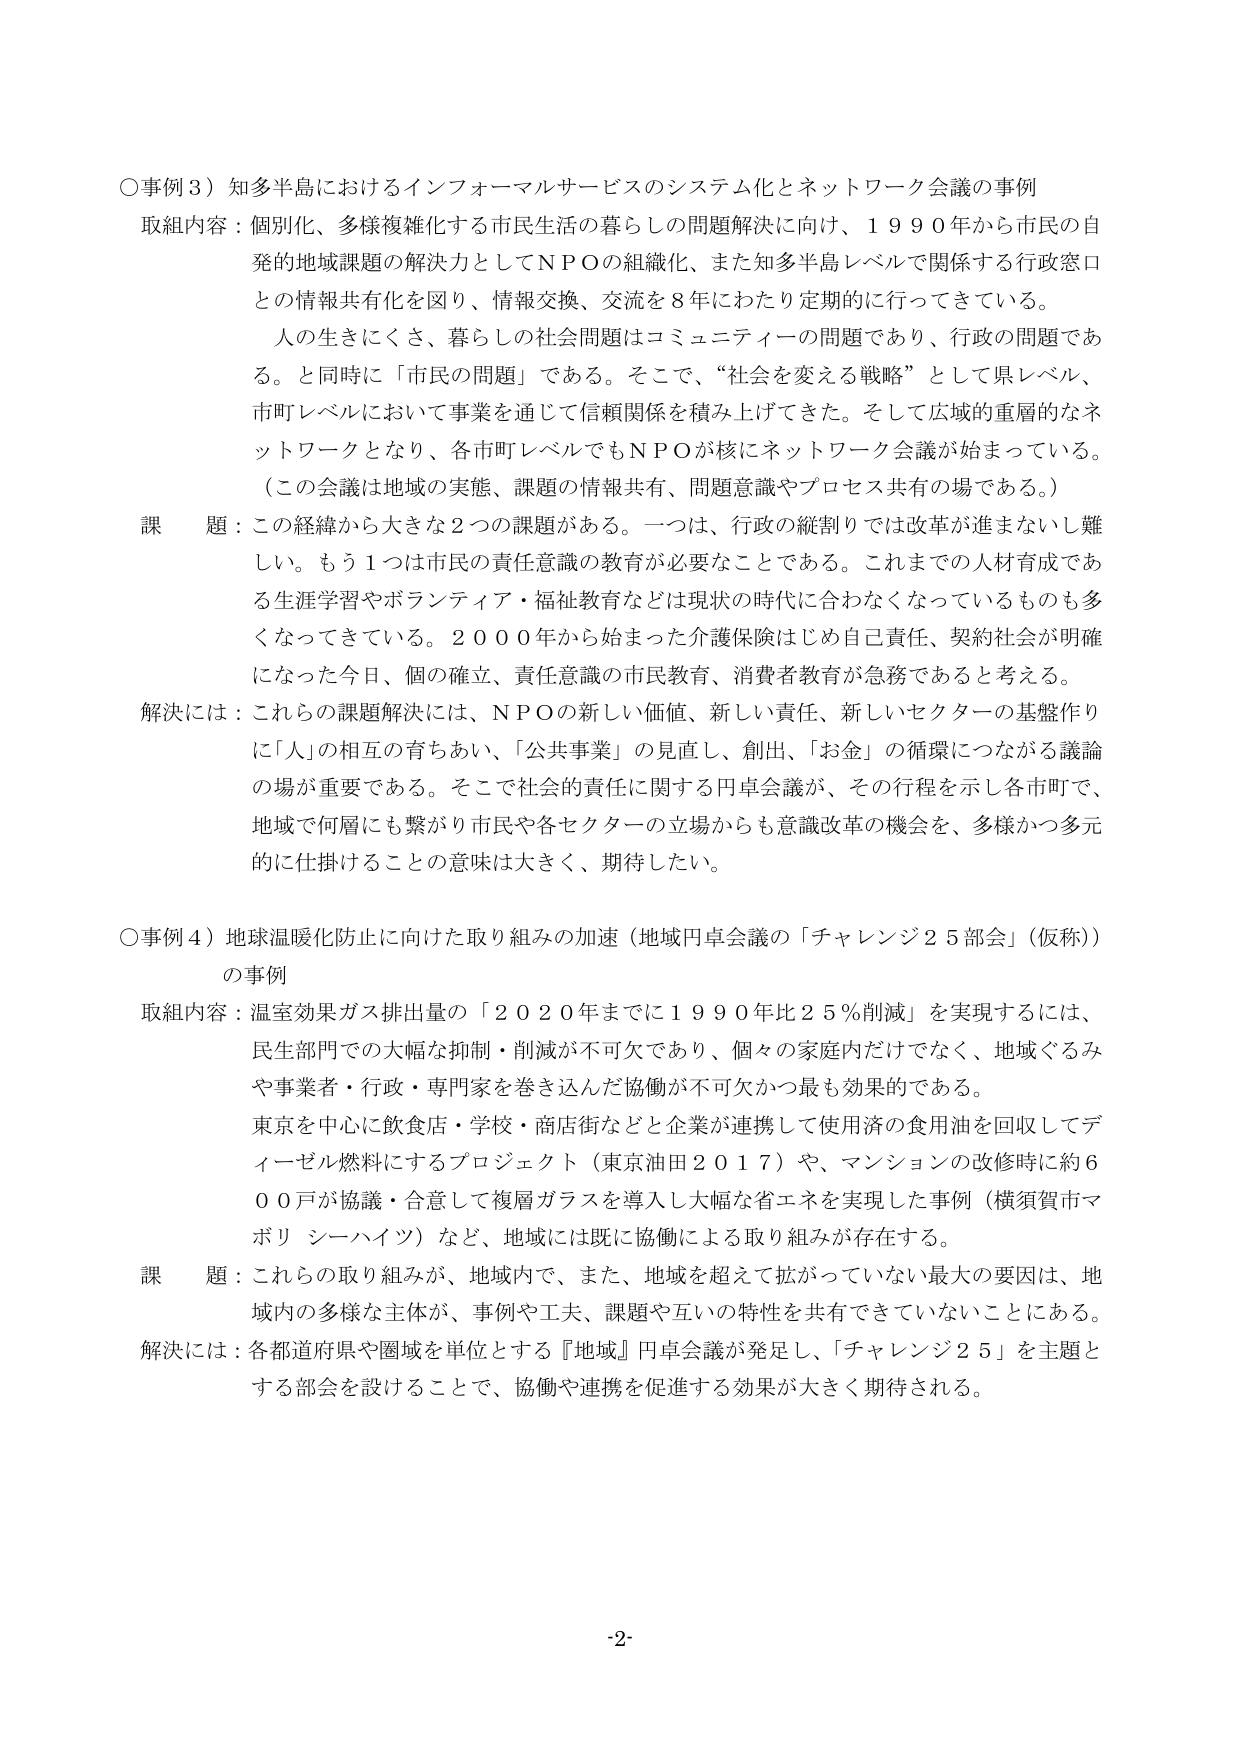
○事例３）知多半島におけるインフォーマルサービスのシステム化とネットワーク会議の事例
取組内容：個別化、多様複雑化する市民生活の暮らしの問題解決に向け、１９９０年から市民の自発的地域課題の解決力としてＮＰＯの組織化、また知多半島レベルで関係する行政窓口との情報共有化を図り、情報交換、交流を８年にわたり定期的に行ってきている。
人の生きにくさ、暮らしの社会問題はコミュニティーの問題であり、行政の問題である。と同時に「市民の問題」である。そこで、“社会を変える戦略”として県レベル、市町レベルにおいて事業を通じて信頼関係を積み上げてきた。そして広域の重層的なネットワークとなり、各市町レベルでもＮＰＯが核にネットワーク会議が始まっている。
（この会議は地域の実態、課題の情報共有、問題意識やプロセス共有の場である。）
課題：この経緯から大きな２つの課題がある。一つは、行政の縦割りでは改革が進まないし難しい。もう１つは市民の責任意識の教育が必要なことである。これまでの人材育成である生涯学習やボランティア・福祉教育などは現状の時代に合わなくなっているものも多くなってきてている。２０００年から始まった介護保険はじめ自己責任、契約社会が明確になった今日、個の確立、責任意識の市民教育、消費者教育が急務であると考える。
解決には：これらの課題解決には、ＮＰＯの新しい価値、新しい責任、新しいセクターの基盤作りに「人」の相互の育ちあい、「公共事業」の見直し、創出、「お金」の循環につながる議論の場が重要である。そこで社会的責任に関する円卓会議が、その行程を示し各市町で、地域で何層にも繋がり市民や各セクターの立場からも意識改革の機会を、多様かつ多元的に仕掛けることの意味は大きく、期待したい。

○事例４）地球温暖化防止に向けた取り組みの加速（地域円卓会議の「チャレンジ２５部会」（仮称））の事例
取組内容：温室効果ガス排出量の「２０２０年までに１９９０年比２５％削減」を実現するには、民生部門での大幅な抑制・削減が不可欠であり、個々の家庭内だけでなく、地域ぐるみや事業者・行政・専門家を巻き込んだ協働が不可欠かつ最も効果的である。
東京を中心に飲食店・学校・商店街などと企業が連携して使用済の食用油を回収してディーゼル燃料にするプロジェクト（東京油田２０１７）や、マンションの改修時に約６００戸が協議・合意して複層ガラスを導入し大幅な省エネを実現した事例（横須賀市マポリ シーハイツ）など、地域には既に協働による取り組みが存在する。
課題：これらの取り組みが、地域内で、また、地域を超えて拡がっていない最大の要因は、地域内の多様な主体が、事例や工夫、課題や互いの特性を共有できていないことにある。
解決には：各都道府県や圏域を単位とする『地域』円卓会議が発足し、「チャレンジ２５」を主題とする部会を設けることで、協働や連携を促進する効果が大きく期待される。

-2-